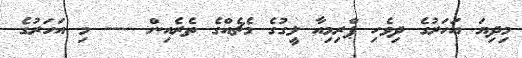
މިދިޔަ އަހަރުގެ ދިވެހި ޕްރިމިއާ ލީގުގެ މެޗެއްގެ ތެރެއިން ---- މި އަހަރުގެ